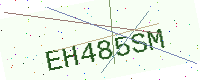
Text: EH485SM